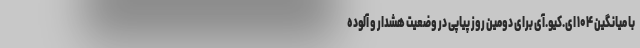
با میانگین ۱۰۴ ای.کیو.آی برای دومین روز پیاپی در وضعیت هشدار و آلوده